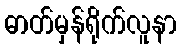
ဓာတ်မှန်ရိုက်လူနာ